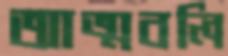
আত্মবলি